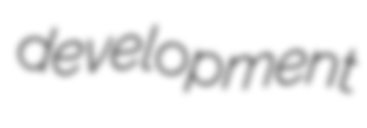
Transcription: development